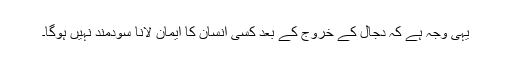
یہی وجہ ہے کہ دجال کے خروج کے بعد کسی انسان کا ایمان لانا سودمند نہیں ہوگا۔